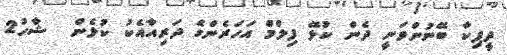
ދީޕިކާ ބޭނުންވަނީ ދެން ކުޅޭ ފިލްމް އަހަރެންގެ ދަރިއާއެކު ކުޅެން  ޝާހު2